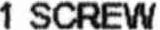
1 SCREW